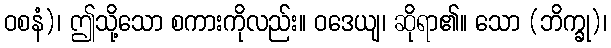
ဝစနံ)၊ ဤသို့သော စကားကိုလည်း။ ဝဒေယျ၊ ဆိုရာ၏။ သော (ဘိက္ခု)၊